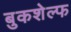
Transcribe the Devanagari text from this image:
बुकशेल्फ